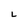
Character: L